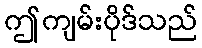
ဤကျမ်းပိုဒ်သည်